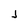
Character: j